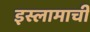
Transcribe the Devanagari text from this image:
इस्लामाची